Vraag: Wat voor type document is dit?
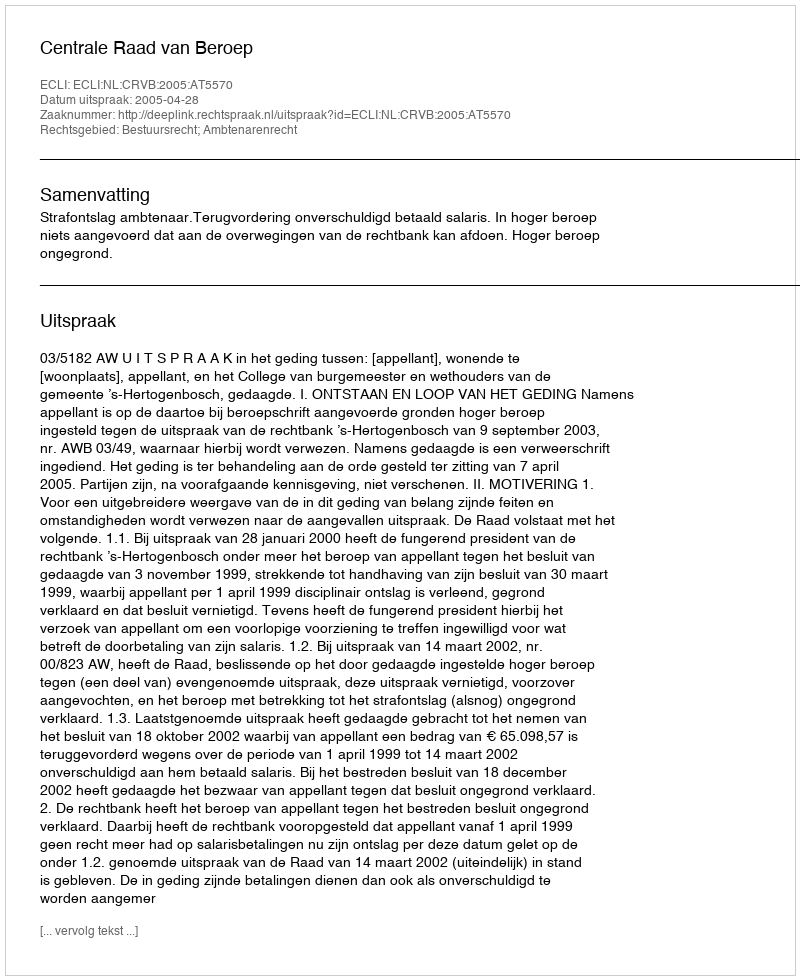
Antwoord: Uitspraak